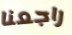
راجعنا